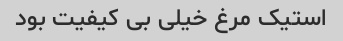
استیک مرغ خیلی بی کیفیت بود